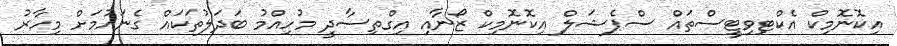
އިކޮނޮމިކް އެކްޓިވިޓީސްތައް ސްޕެޝަލް އިކޮނޮމިކް ޒޯނާއި އިގްތިސާދީ މުހިއްމު ބަދަލުތަކައް ގެނައުމަށް މިހާރު